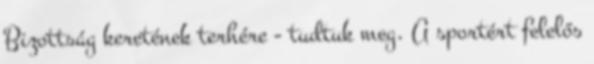
Bizottság keretének terhére - tudtuk meg. A sportért felelős